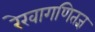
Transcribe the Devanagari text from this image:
रेखागणितज्ञ